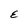
Character: E